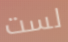
لست